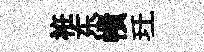
袵东幘玕一